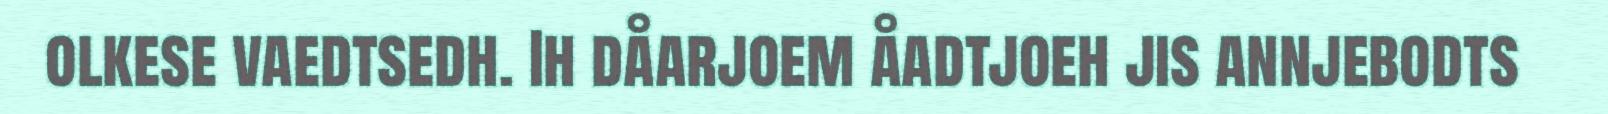
olkese vaedtsedh. Ih dåarjoem åadtjoeh jis annjebodts